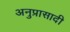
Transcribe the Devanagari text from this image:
अनुप्रासादी